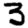
Digit: 3